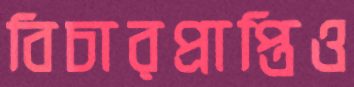
বিচারপ্রাপ্তিও